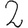
Digit: 2